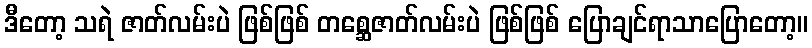
ဒီတော့ သရဲ ဇာတ်လမ်းပဲ ဖြစ်ဖြစ် တစ္ဆေဇာတ်လမ်းပဲ ဖြစ်ဖြစ် ပြောချင်ရာသာပြောတော့။